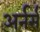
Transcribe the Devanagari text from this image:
अर्नर्स